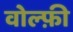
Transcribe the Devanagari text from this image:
वोल्फ़ी